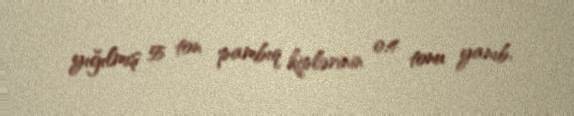
yığılmış 55 ton pambıq kiplərinin 0.4 tonu yanıb.